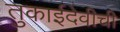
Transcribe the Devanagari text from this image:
तुकाईदेवीची